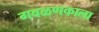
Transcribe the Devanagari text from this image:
गवळणकाला